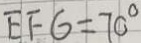
E F G = 7 0 ^ { \circ }